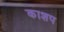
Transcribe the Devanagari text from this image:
काशप